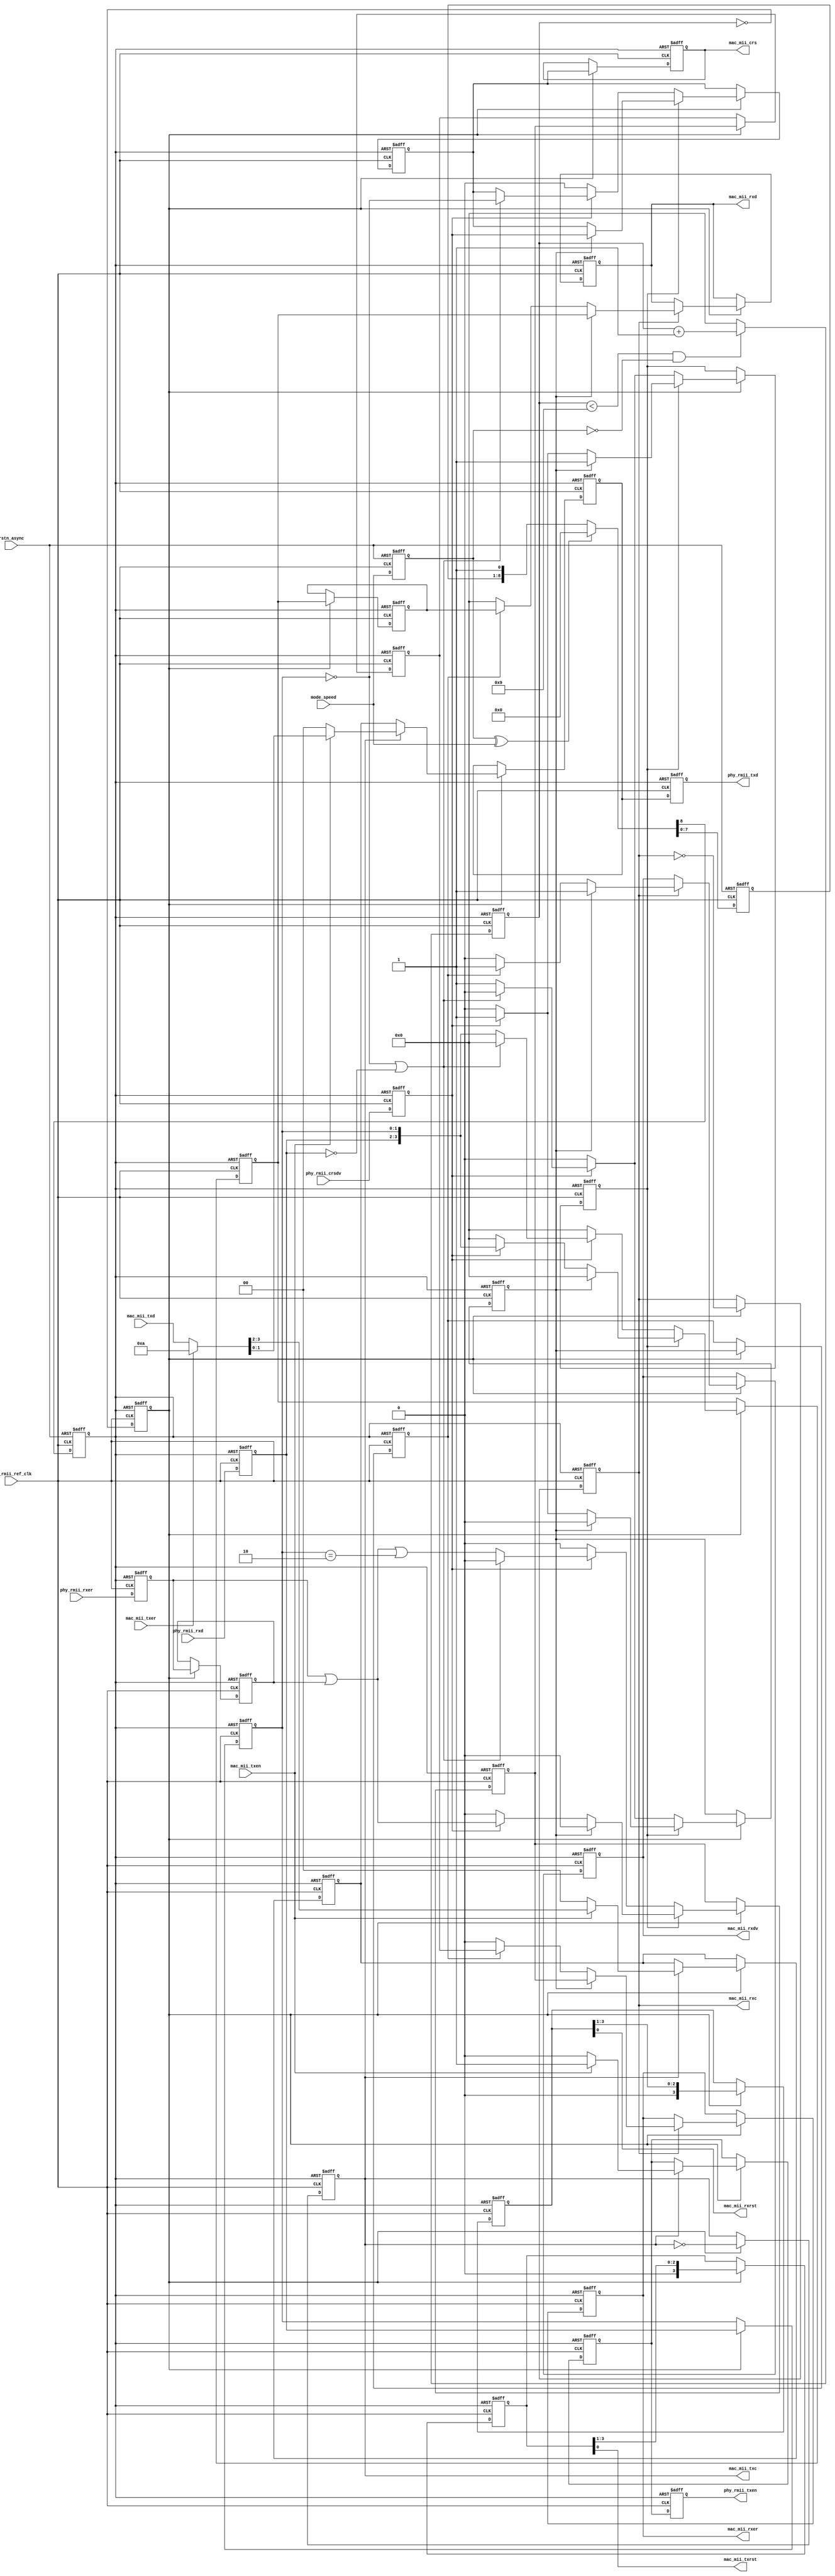
// This program was cloned from: https://github.com/WangXuan95/FPGA-RMII-SMII
// License: GNU General Public License v3.0


//--------------------------------------------------------------------------------------------------------
// Module  : rmii_phy_if
// Type    : synthesizable, IP's top
// Standard: Verilog 2001 (IEEE1364-2001)
// Function: MII (MAC side) to RMII (PHY side) converter, for 10M or 100M ethernet
//--------------------------------------------------------------------------------------------------------

module rmii_phy_if (
    // reset, active low
    input  wire       rstn_async,
    // speed mode: 0:10M, 1:100M, must be correctly specified
    input  wire       mode_speed,
    // MII interface connect to MAC
    output reg        mac_mii_crs,
    output wire       mac_mii_rxrst,     // optional reset signal to MAC
    output reg        mac_mii_rxc,
    output reg        mac_mii_rxdv,
    output reg        mac_mii_rxer,
    output reg  [3:0] mac_mii_rxd,
    output wire       mac_mii_txrst,     // optional reset signal to MAC
    output reg        mac_mii_txc,
    input  wire       mac_mii_txen,
    input  wire       mac_mii_txer,
    input  wire [3:0] mac_mii_txd,
    // RMII interface connect to PHY
    input  wire       phy_rmii_ref_clk,  // 50MHz required
    input  wire       phy_rmii_crsdv,
    input  wire       phy_rmii_rxer,     // rxer is optional for RMII
    input  wire [1:0] phy_rmii_rxd,
    output reg        phy_rmii_txen,
    output reg  [1:0] phy_rmii_txd
);

initial {mac_mii_crs, mac_mii_rxc, mac_mii_rxdv, mac_mii_rxer, mac_mii_rxd, mac_mii_txc} = 0;
initial {phy_rmii_txen, phy_rmii_txd} = 0;

reg       mode_speed_r = 1'b0;
reg       action = 1'b0;
reg [3:0] cnt_action = 4'h0;
reg       rmii_crsdv_r = 1'b0;
reg       rmii_rxer_r = 1'b0;
reg [1:0] rmii_rxd_r = 2'h0;
reg       rmii_rxer_rr = 1'b0;
reg [1:0] rmii_rxd_rr = 2'h0;
reg       rx_busy = 1'b0;
reg       rx_crs = 1'b0;
reg       rx_ena = 1'b0;
reg       rx_err = 1'b0;
reg [3:0] rx_data = 4'h0;
reg       rx_ena_r = 1'b0;
reg       rx_err_r = 1'b0;
reg [3:0] rx_data_r = 4'h0;
reg       rmii_txen = 1'b0;
reg [1:0] rmii_txd = 2'h0;
reg [1:0] rmii_txd_r = 2'h0;
reg [3:0] tx_rst_r = 4'hf;
reg [3:0] rx_rst_r = 4'hf;

// ----------------------------------------------------------------------------------------------------------------------
//  reset sync
// ----------------------------------------------------------------------------------------------------------------------
reg       rstn = 1'b0;
reg [7:0] rstn_shift = 0;
always @ (posedge phy_rmii_ref_clk or negedge rstn_async)
    if(~rstn_async) begin
        {rstn, rstn_shift} <= 0;
        mode_speed_r <= 1'b0;
    end else begin
        if(mode_speed_r^mode_speed) begin
            {rstn, rstn_shift} <= 0;
        end else begin
            {rstn, rstn_shift} <= {rstn_shift, 1'b1};
        end
        mode_speed_r <= mode_speed;
    end

// ----------------------------------------------------------------------------------------------------------------------
//  action generate
// ----------------------------------------------------------------------------------------------------------------------
always @ (posedge phy_rmii_ref_clk or negedge rstn)
    if(~rstn) begin
        action <= 1'b0;
        cnt_action <= 4'h0;
    end else begin
        action <= (cnt_action==4'h0);
        cnt_action <= (cnt_action<4'h9 && ~mode_speed_r) ? cnt_action+4'h1 : 4'h0;
    end

// ----------------------------------------------------------------------------------------------------------------------
//  RMII RX raw signal latch 1
// ----------------------------------------------------------------------------------------------------------------------
always @ (posedge phy_rmii_ref_clk or negedge rstn)
    if(~rstn) begin
        rmii_crsdv_r <= 1'b0;
        rmii_rxer_r <= 1'b0;
        rmii_rxd_r <= 2'h0;
    end else begin
        rmii_crsdv_r <= phy_rmii_crsdv;
        rmii_rxer_r <= phy_rmii_rxer;
        rmii_rxd_r <= phy_rmii_rxd;
    end

// ----------------------------------------------------------------------------------------------------------------------
//  RMII RX raw signal latch 2
// ----------------------------------------------------------------------------------------------------------------------
always @ (posedge phy_rmii_ref_clk or negedge rstn)
    if(~rstn) begin
        rmii_rxer_rr <= 1'b0;
        rmii_rxd_rr <= 2'h0;
    end else begin
        if(action) begin
            rmii_rxer_rr <= rmii_rxer_r;
            rmii_rxd_rr <= rmii_rxd_r;
        end
    end 

// ----------------------------------------------------------------------------------------------------------------------
//  RMII RX signal parsing
// ----------------------------------------------------------------------------------------------------------------------
always @ (posedge phy_rmii_ref_clk or negedge rstn)
    if(~rstn) begin
        rx_busy <= 1'b0;
        rx_crs <= 1'b0;
        rx_ena <= 1'b0;
        rx_err <= 1'b0;
        rx_data <= 4'h0;
    end else begin
        if(action) begin
            if(rx_busy) begin
                if(rx_ena) begin
                    rx_crs <= rmii_crsdv_r;
                    rx_ena <= 1'b0;
                    rx_err <= 1'b0;
                    rx_data <= 4'h0;
                end else if(rmii_crsdv_r) begin
                    rx_ena <= 1'b1;
                    rx_err <= rmii_rxer_r | rmii_rxer_rr;
                    rx_data <= {rmii_rxd_r, rmii_rxd_rr};
                end else begin
                    rx_busy <= 1'b0;
                    rx_ena <= 1'b0;
                    rx_err <= 1'b0;
                    rx_data <= 4'h0;
                end
            end else begin
                if(rmii_crsdv_r) begin
                    if(rmii_rxd_rr==2'h0 || rmii_rxd_r==2'h0) begin
                        rx_crs <= (rmii_rxd_rr==2'h0);
                        rx_ena <= 1'b0;
                        rx_err <= 1'b0;
                        rx_data <= 4'h0;
                    end else begin
                        rx_busy <= 1'b1;
                        rx_ena <= 1'b1;
                        rx_err <= rmii_rxer_r | rmii_rxer_rr | rmii_rxd_rr==2'b10;
                        rx_data <= {rmii_rxd_r, rmii_rxd_rr};
                    end
                end else begin
                    rx_crs <= 1'b0;
                    rx_ena <= 1'b0;
                    rx_err <= 1'b0;
                    rx_data <= 4'h0;
                end
            end
        end
    end

// ----------------------------------------------------------------------------------------------------------------------
//  MII CRS signal generate
// ----------------------------------------------------------------------------------------------------------------------
always @ (posedge phy_rmii_ref_clk or negedge rstn)
    if(~rstn) begin
        mac_mii_crs <= 1'b0;
    end else begin
        if(action) begin
            mac_mii_crs <= rx_crs;
        end
    end

// ----------------------------------------------------------------------------------------------------------------------
//  RMII RX parsed data latch
// ----------------------------------------------------------------------------------------------------------------------
always @ (posedge phy_rmii_ref_clk or negedge rstn)
    if(~rstn) begin
        rx_ena_r <= 1'b0;
        rx_err_r <= 1'b0;
        rx_data_r <= 4'h0;
    end else begin
        if(action) begin
            rx_ena_r <= rx_ena;
            rx_err_r <= rx_err;
            rx_data_r <= rx_data;
        end
    end

// ----------------------------------------------------------------------------------------------------------------------
//  MII RX reset generate to MAC
// ----------------------------------------------------------------------------------------------------------------------
assign mac_mii_rxrst = rx_rst_r[0];
always @ (posedge phy_rmii_ref_clk or negedge rstn)
    if(~rstn) begin
        rx_rst_r <= 4'hf;
    end else begin
        if(action) begin
            rx_rst_r <= {1'b0, rx_rst_r[3:1]};
        end
    end

// ----------------------------------------------------------------------------------------------------------------------
//  MII RX clock generate
// ----------------------------------------------------------------------------------------------------------------------
always @ (posedge phy_rmii_ref_clk or negedge rstn)
    if(~rstn) begin
        mac_mii_rxc <= 1'b0;
    end else begin
        if(action) begin
            mac_mii_rxc <= ~mac_mii_rxc;
        end
    end

// ----------------------------------------------------------------------------------------------------------------------
//  MII RX signal generate
// ----------------------------------------------------------------------------------------------------------------------
always @ (posedge phy_rmii_ref_clk or negedge rstn)
    if(~rstn) begin
        mac_mii_rxdv <= 1'b0;
        mac_mii_rxer <= 1'b0;
        mac_mii_rxd  <= 4'h0;
    end else begin
        if(action) begin
            if(mac_mii_rxc) begin
                if(rx_ena) begin
                    mac_mii_rxdv <= 1'b1;
                    mac_mii_rxer <= rx_err;
                    mac_mii_rxd  <= rx_data;
                end else if(rx_ena_r) begin
                    mac_mii_rxdv <= 1'b1;
                    mac_mii_rxer <= rx_err_r;
                    mac_mii_rxd  <= rx_data_r;
                end else begin
                    mac_mii_rxdv <= 1'b0;
                    mac_mii_rxer <= 1'b0;
                    mac_mii_rxd  <= 4'h0;
                end
            end
        end
    end

// ----------------------------------------------------------------------------------------------------------------------
//  RMII TX reset generate to MAC
// ----------------------------------------------------------------------------------------------------------------------
assign mac_mii_txrst = tx_rst_r[0];
always @ (posedge phy_rmii_ref_clk or negedge rstn)
    if(~rstn) begin
        tx_rst_r <= 4'hf;
    end else begin
        if(action) begin
            tx_rst_r <= {1'b0, tx_rst_r[3:1]};
        end
    end

// ----------------------------------------------------------------------------------------------------------------------
//  RMII TX clock generate
// ----------------------------------------------------------------------------------------------------------------------
always @ (posedge phy_rmii_ref_clk or negedge rstn)
    if(~rstn) begin
        mac_mii_txc   <= 1'b0;
    end else begin
        if(action) begin
            mac_mii_txc <= ~mac_mii_txc;
        end
    end

// ----------------------------------------------------------------------------------------------------------------------
//  RMII TX signal generate
// ----------------------------------------------------------------------------------------------------------------------
always @ (posedge phy_rmii_ref_clk or negedge rstn)
    if(~rstn) begin
        rmii_txen <= 1'b0;
        {rmii_txd_r,rmii_txd} <= 4'h0;
    end else begin
        if(action) begin
            if(~mac_mii_txc) begin
                rmii_txd <= rmii_txd_r;
            end else if(mac_mii_txen) begin
                rmii_txen <= 1'b1;
                {rmii_txd_r,rmii_txd} <= mac_mii_txer ? 4'b1010 : mac_mii_txd;
            end else begin
                rmii_txen <= 1'b0;
                {rmii_txd_r,rmii_txd} <= 4'h0;
            end
        end
    end

// ----------------------------------------------------------------------------------------------------------------------
//  RMII TX signal output buffer
// ----------------------------------------------------------------------------------------------------------------------
always @ (posedge phy_rmii_ref_clk or negedge rstn)
    if(~rstn) begin
        phy_rmii_txen <= 1'b0;
        phy_rmii_txd <= 2'h0;
    end else begin
        phy_rmii_txen <= rmii_txen;
        phy_rmii_txd <= rmii_txd;
    end

endmodule